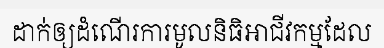
ដាក់ឲ្យដំណើរការមូលនិធិអាជីវកម្មដែល